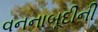
વનનાબૂદીની